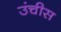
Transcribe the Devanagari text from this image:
उंचीस